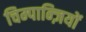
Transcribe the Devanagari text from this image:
चिम्पान्ज़ियों